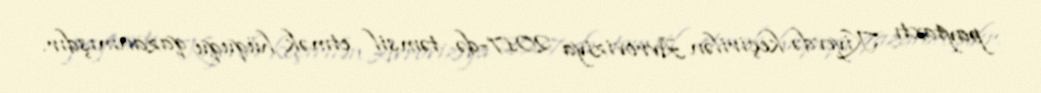
paytaxtı Kiyevdə keçirilən Avroviziya 2017-də təmsil etmək hüququ qazanmışdır.